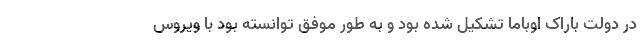
در دولت باراک اوباما تشکیل شده بود و به طور موفق توانسته بود با ویروس